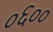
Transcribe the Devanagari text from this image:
०६००